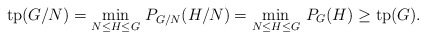
\begin{align*}\mathrm{tp}(G/N) = \min_{N \leq H\leq G}\, P_{G/N}(H/N) = \min_{N \leq H\leq G} \,P_G(H) \geq \mathrm{tp}(G).\end{align*}